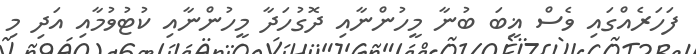
ފަހަރެއްގައި ވެސް ޣީބަ ބުނާ މީހުންނާއި ދޮގުހަދާ މީހުންނާއި ކުޓުވުމާއި އަދި މި